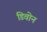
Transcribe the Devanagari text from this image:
डिवोन